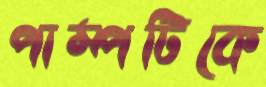
পাম্পটিকে